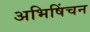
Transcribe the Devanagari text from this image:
अभिषिंचन